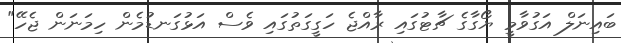
ބައިނަލް އަގުވާމީ ޔޯގާގެ ޗާޓުގައި ރާއްޖެ ހަގީގަތުގައި ވެސް އަޅުގަނޑުމެން ހިމަނަން ޖެހޭ"